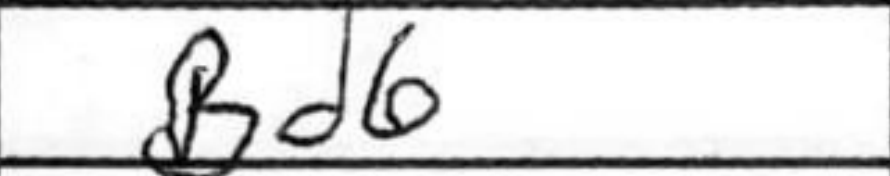
Transcription: Bd6